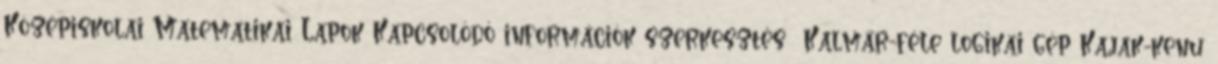
Középiskolai Matematikai Lapok Kapcsolódó információk szerkesztés Kalmár-féle logikai gép Kajak-kenu